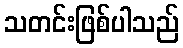
သတင်းဖြစ်ပါသည်